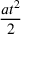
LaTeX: \frac { a t ^ { 2 } } { 2 }